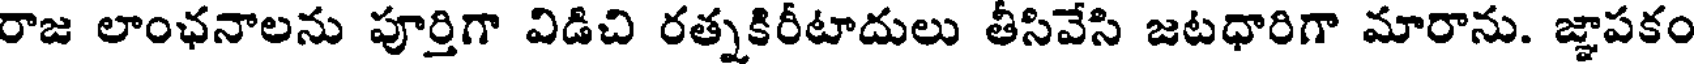
రాజ లాంఛనాలను పూర్తిగా విడిచి రత్నకిరీటాదులు తీసివేసి జటధారిగా మారాను. జ్ఞాపకం